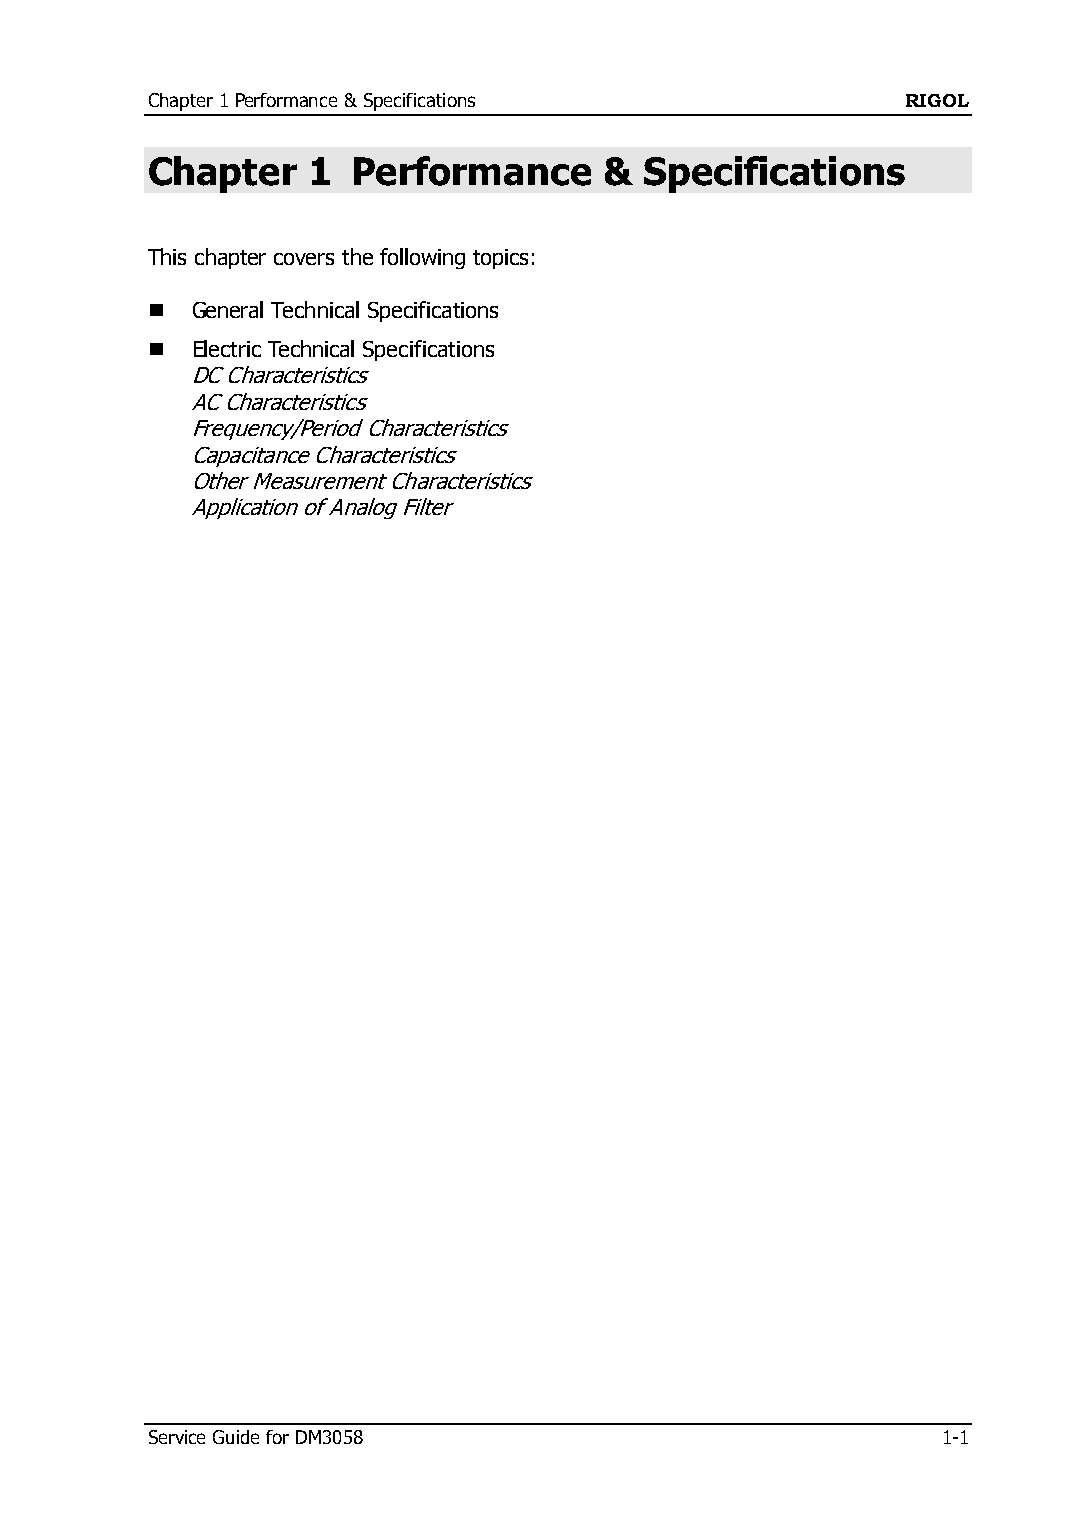
Chapter 1 Performance & Specifications            RIGOL
 Chapter   1  Performance      &  Specifications
 This chapter covers the following topics:
   General Technical Specifications
   Electric Technical Specifications
 DC Characteristics
 AC Characteristics
 Frequency/Period Characteristics
 Capacitance Characteristics
 Other Measurement Characteristics
 Application of Analog Filter
 Service Guide for DM3058                            1-1